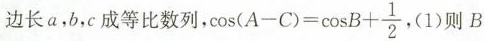
边长a，b，c成等比数列，$$cos ( A - C ) = \cos B + \frac { 1 } { 2 }$$ .(1)则B